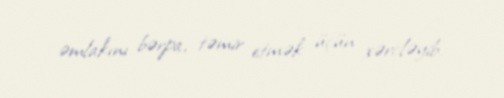
əmlakını bərpa, təmir etmək üçün xərcləyib.